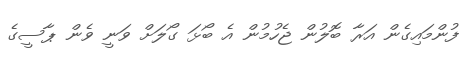
ފުންމައިގެން އަރާ ބޮލުން ޖެހުމުން އެ ބޯޅަ ގޯލަށް ވަނީ ވެން ޕާސީގެ